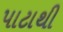
પાટાથી